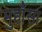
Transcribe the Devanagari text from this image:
मुहाँसा